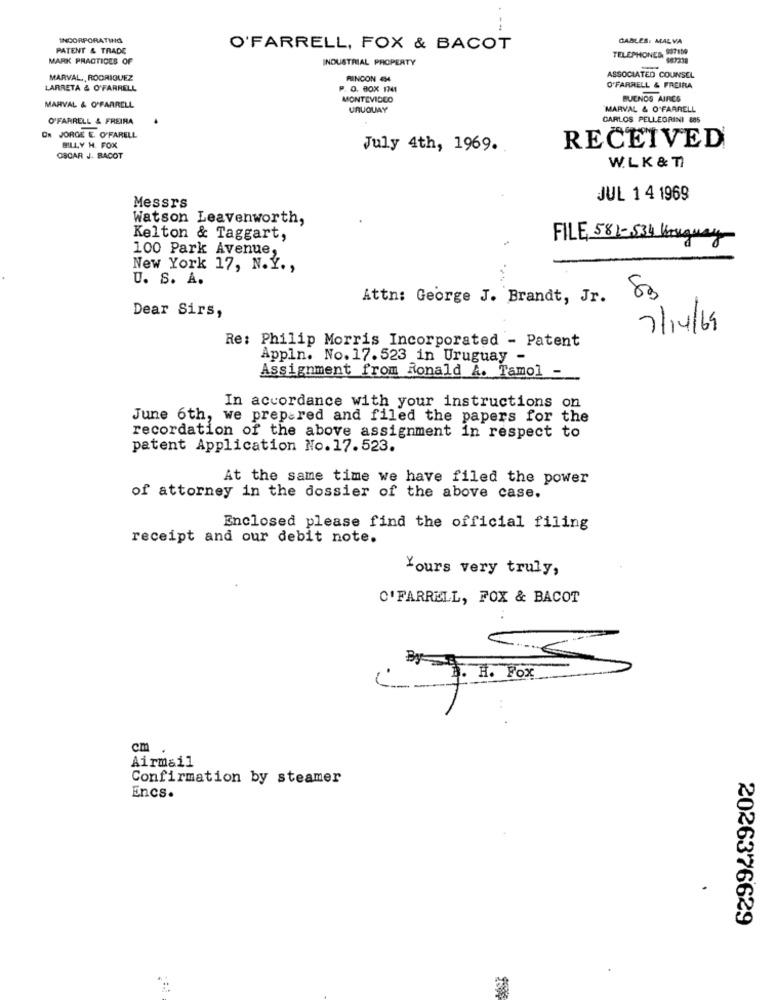
---
INCORPORATING
GABLES: MALVA
PATENT & TRADE
O'FARRELL, FOX & BACOT
TELEPHONES, 007109
MARK PRACTICES OF
INDUSTRIAL PROPERTY
$87238
MARVAL ,, RODRIGUEZ
RINCON 4H4
ASSOCIATED COUNSEL
LARRETA & O'FARRELL
P. O. BOX 1741
O'FARRELL & FREIRA
MONTEVIDEO
BUENOS AIRES
MARVAL & O'FARRELL
URUGUAY
MARVAL & O'FARRELL
O'FARRELL & FREIRA
CARLOS PELLEGRINI 885
JORGE E. O'FARELL
BILLY H. FOX
July 4th, 1969.
RECEIVED
OSCAR J. BACOT
W. LK & TI
JUL 1 4 1969
Messrs
Watson Leavenworth,
Kelton & Taggart,
FILE, 581-534 Kongway
100 Park Avenue,
New York 17, N.Y .,
U. S. A.
Attn: George J. Brandt, Jr.
80
Dear Sirs,
7/14/69
Re: Philip Morris Incorporated - Patent
Appln. No. 17. 523 in Uruguay -
Assignment from Ronald A. Tamol -
In accordance with your instructions on
June 6th, we prepared and filed the papers for the
recordation of the above assignment in respect to
patent Application No. 17.523.
At the same time we have filed the power
of attorney in the dossier of the above case.
Enclosed please find the official filing
receipt and our debit note.
Yours very truly,
C'FARRELL, FOX & BACOT
cm .
Airmail
Confirmation by steamer
Encs.
2026376629